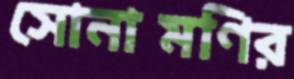
সোনামণির